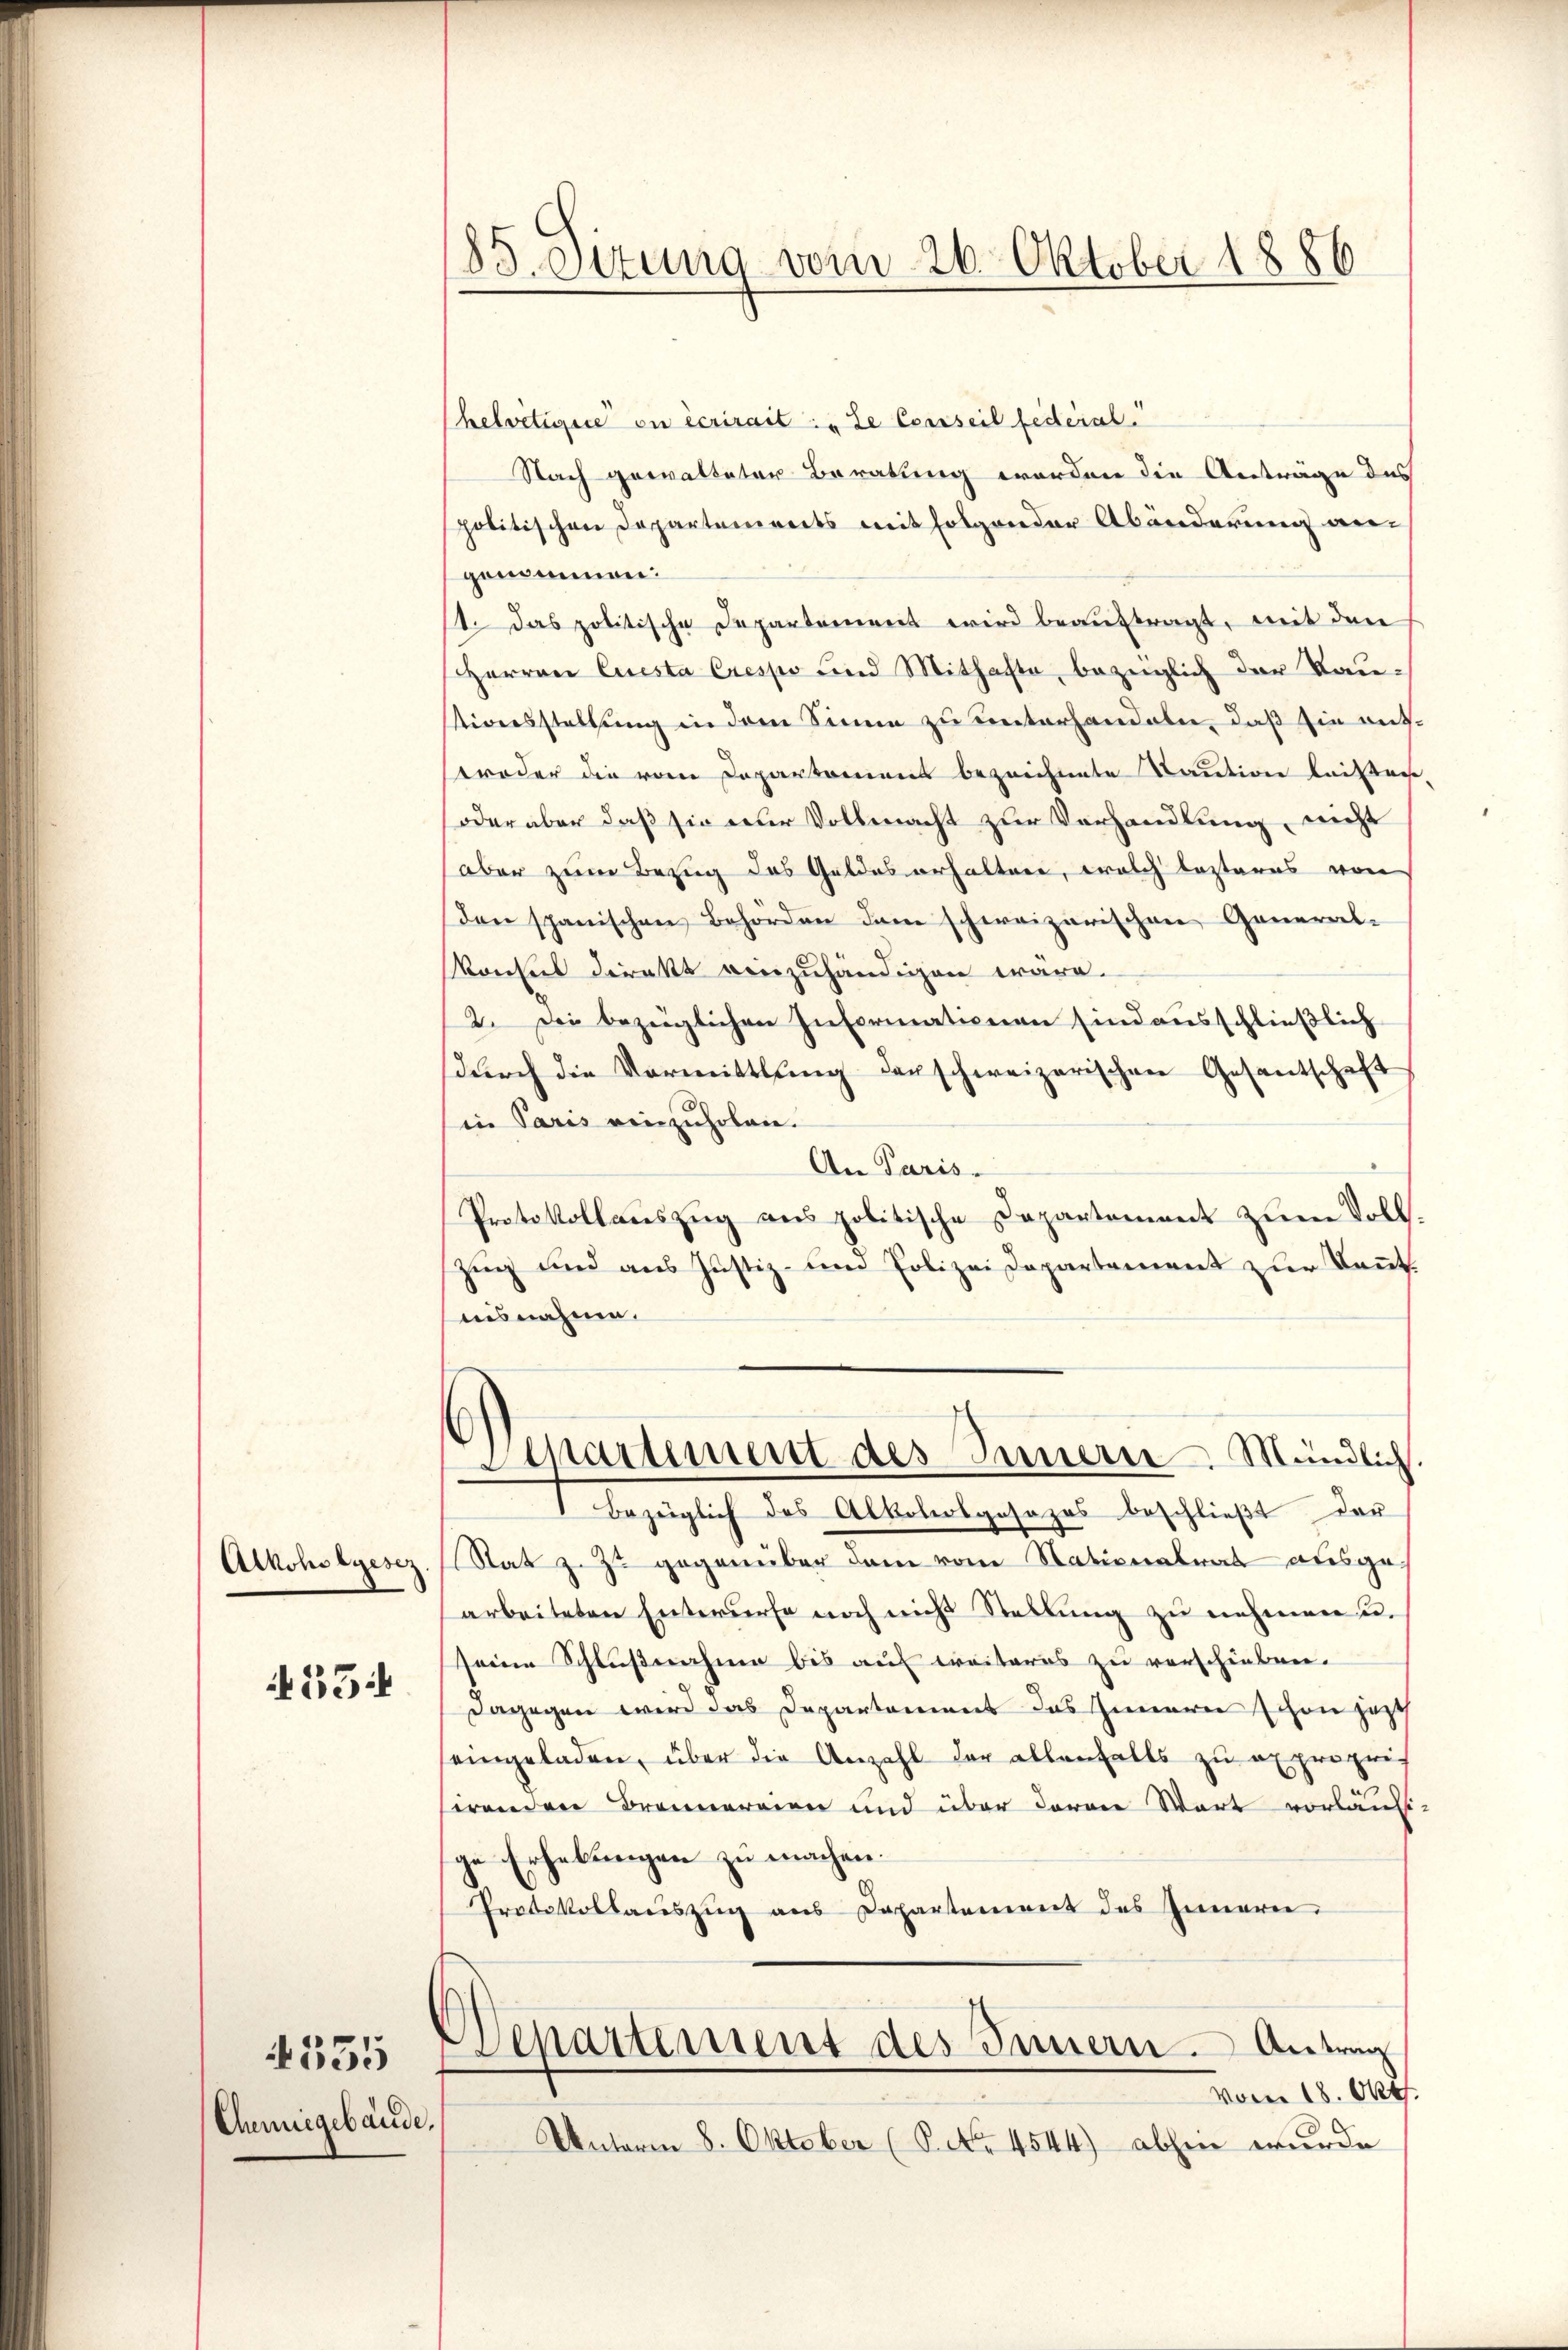
Alkoholgesez

254

Chemiegebäude,

555

85. Sizung vom 26. Oktober 1886

helvetigere ou écrirait: „de Conseil festerial.
Nach gewalteter Beratung worden die Anträge des
politischen Departements mit folgender Abänderung an-
genommen:
1t. Das politische Departement wird beauftragt, mit den
Herren Questa Crespo und Mithafte, bezüglich der Raustionsstellung in dem Sinne zu unterhandeln, daß sie aufwroder die vom Departamens bezeichnete Saution beistre
oder aber daß sie nur Vollmacht zur Verhandlung, nicht
aber zum Bezug des Geldes erhalten, welch lezteres von
den spanischen Behörden dem schweizerischen General-
Konsul direkt vorzuhändigen wäre.
2. Die bezüglichen Informationen sind ausschlieβlich
durch die Vormittlung derschweizerischen Gesantschaft
in Paris einzuholen.
An Paris
Protokollauszug aus politische Departement zum Voll
Zug und aus Justiz- und Polizei Departement zur Kannt.
aisnahme.
¬
Separtiment des Innern Mündlich
Bezüglich des Alkolosgesezes beschließt der
Rat z. Z. gegenüber dem vom Nationalrat ausge
arbeiteten Entwurfe noch nicht Stellung zu nehmen u.
Heine Schlußnahme bis auf weiteres zu verschieben.
dagegen wird das Departement das Innern schon jezt
eingeladen, über die Anzahl der allenfalls zu expropris
serenden Brennereien und über daran Wort vorläuft.
ge Erhebungen zu machen.
Protokollauszug aus Departement des Innern.
Departement des Innern. Antrag
vom 18. Okt.
Unterm 8. Oktober (S. No. 4544) abhin wurde